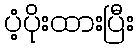
ပံ့ပိုးထားပြီး